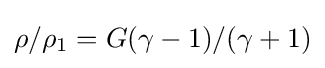
\rho /\rho _{1}=G(\gamma -1)/(\gamma +1)